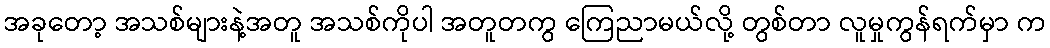
အခုတော့ အသစ်များနဲ့အတူ အသစ်ကိုပါ အတူတကွ ကြေညာမယ်လို့ တွစ်တာ လူမှုကွန်ရက်မှာ က